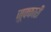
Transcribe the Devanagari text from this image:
ज़ूक्कारी